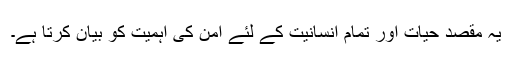
یہ مقصد حیات اور تمام انسانیت کے لئے امن کی اہمیت کو بیان کرتا ہے۔